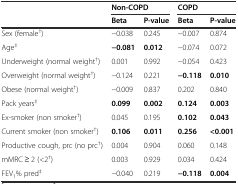
|  | <COLSPAN=2> Non-COPD | <COLSPAN=2> COPD |
 |  | Beta | P-value | Beta | P-value |
 | --- | --- | --- | --- | --- |
 | Sex (female†) | −0.038 | 0.245 | −0.007 | 0.874 |
 | Age‡ | −0.081 | 0.012 | −0.074 | 0.072 |
 | Underweight (normal weight†) | 0.001 | 0.992 | −0.054 | 0.423 |
 | Overweight (normal weight†) | −0.124 | 0.221 | −0.118 | 0.010 |
 | Obese (normal weight†) | −0.009 | 0.837 | 0.202 | 0.840 |
 | Pack years‡ | 0.099 | 0.002 | 0.124 | 0.003 |
 | Ex-smoker (non smoker†) | 0.045 | 0.195 | 0.102 | 0.043 |
 | Current smoker (non smoker†) | 0.106 | 0.011 | 0.256 | <0.001 |
 | Productive cough, prc (no prc†) | 0.004 | 0.904 | 0.060 | 0.148 |
 | mMRC ≥ 2 (<2†) | 0.003 | 0.929 | 0.034 | 0.424 |
 | FEV1% pred‡ | −0.040 | 0.219 | −0.118 | 0.004 |